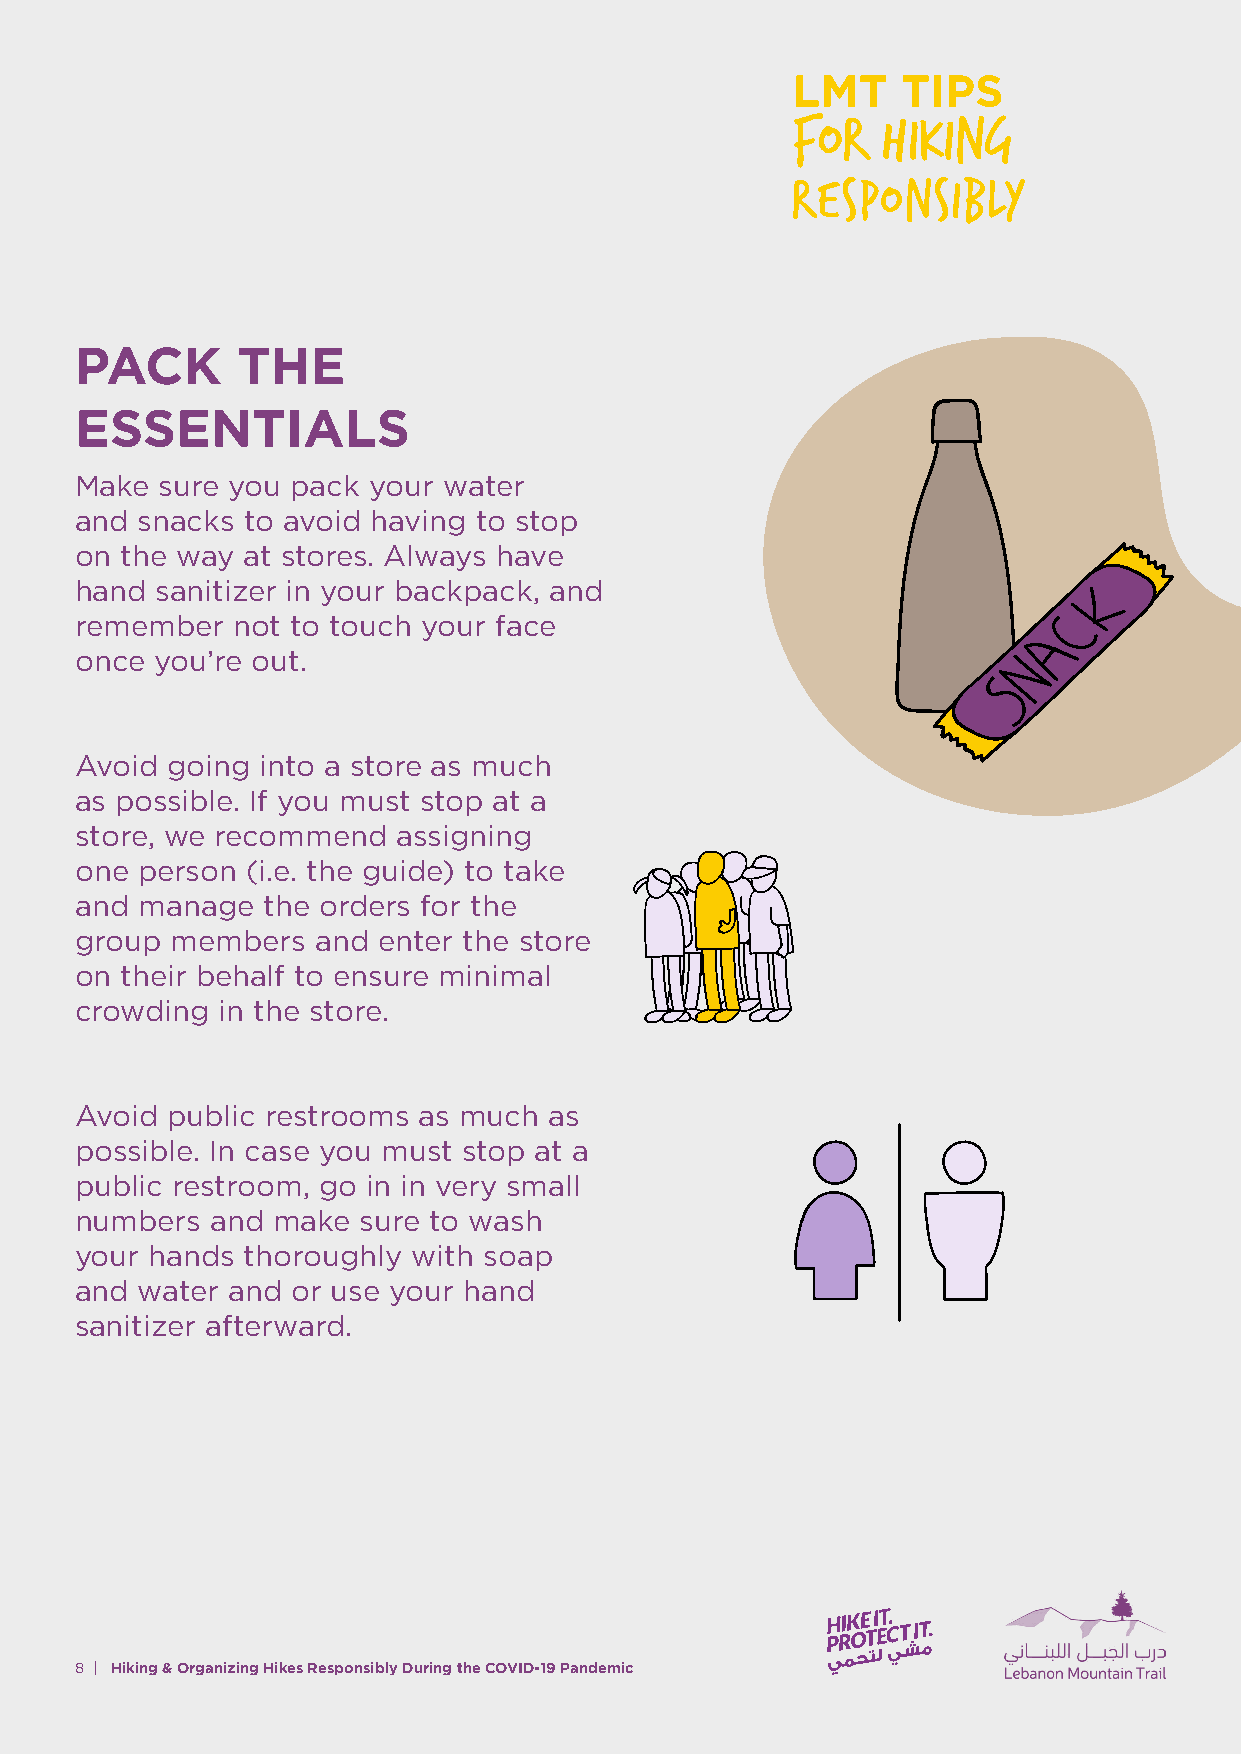
PACK       THE
 ESSENTIALS
 Make  sure you pack your water
 and snacks to avoid having to stop
 on the way at stores. Always have
 hand sanitizer in your backpack, and
 remember  not to touch your face
 once you’re out.
 Avoid going into a store as much
 as possible. If you must stop at a
 store, we recommend  assigning
 one person (i.e. the guide) to take
 and manage  the orders for the
 group members   and enter the store
 on their behalf to ensure minimal
 crowding in the store.
 Avoid public restrooms as much as
 possible. In case you must stop at a
 public restroom, go in in very small
 numbers  and make  sure to wash
 your hands thoroughly with soap
 and water and or use your hand
 sanitizer afterward.
 8 | Hiking & Organizing Hikes Responsibly During the COVID-19 Pandemic